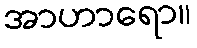
အာဟာရော။